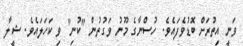
ވަނީ އިތުރަށް ބޮޑުވެފައެވެ. ހުސްނާގެ މޫނު ވަގުތުން "ކުނި" ވި ކަހަލައެވެ. ޝީލާ